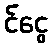
င်ငွေ